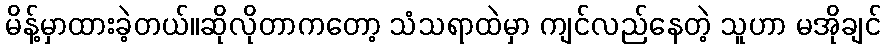
မိန့်မှာထားခဲ့တယ်။ဆိုလိုတာကတော့ သံသရာထဲမှာ ကျင်လည်နေတဲ့ သူဟာ မအိုချင်